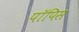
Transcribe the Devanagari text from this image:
पॉपिस